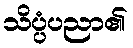
သိပ္ပံပညာ၏